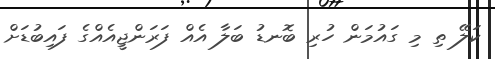
ކަލޭ ތި މި ގައުމަން ހުރި ބޮނޑު ބަލާ އެއް ފަރަންޖީއެއްގެ ފައިބުޑަށް